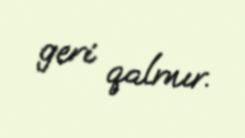
geri qalmır.